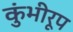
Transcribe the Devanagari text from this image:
कुंभीरूप